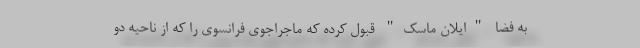
به فضا "ایلان ماسک" قبول کرده که ماجراجوی فرانسوی را که از ناحیه دو